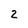
Character: 2